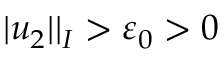
| u _ { 2 } | | _ { I } > { \varepsilon } _ { 0 } > 0